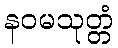
နဝမသုတ္တံ